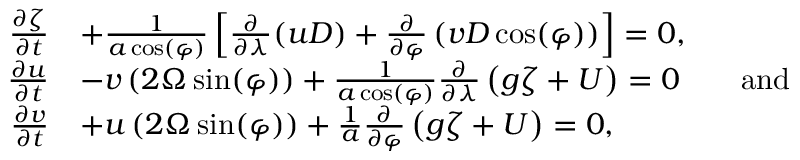
{ \begin{array} { r l } { { \frac { \partial \zeta } { \partial t } } } & { + { \frac { 1 } { a \cos ( \varphi ) } } \left[ { \frac { \partial } { \partial \lambda } } ( u D ) + { \frac { \partial } { \partial \varphi } } \left( v D \cos ( \varphi ) \right) \right] = 0 , } \\ { { \frac { \partial u } { \partial t } } } & { - v \left( 2 \Omega \sin ( \varphi ) \right) + { \frac { 1 } { a \cos ( \varphi ) } } { \frac { \partial } { \partial \lambda } } \left( g \zeta + U \right) = 0 \qquad { \mathrm { a n d } } } \\ { { \frac { \partial v } { \partial t } } } & { + u \left( 2 \Omega \sin ( \varphi ) \right) + { \frac { 1 } { a } } { \frac { \partial } { \partial \varphi } } \left( g \zeta + U \right) = 0 , } \end{array} }